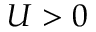
U > 0